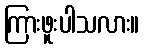
ကြားဖူးပါသလား။